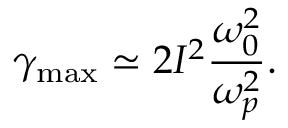
\gamma _ { \mathrm { { m a x } } } \simeq 2 I ^ { 2 } \frac { \omega _ { 0 } ^ { 2 } } { \omega _ { p } ^ { 2 } } .